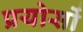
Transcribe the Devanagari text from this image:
प्रयोसों